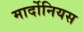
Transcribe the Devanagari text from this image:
मार्दोनियस